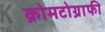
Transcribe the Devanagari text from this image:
क्रोमटोग्राफी